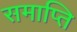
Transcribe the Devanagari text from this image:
समाप्‍ति